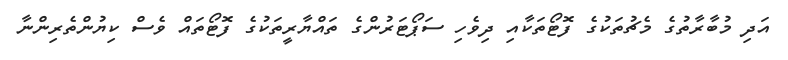
އަދި މުބާރާތުގެ މެޗުތަކުގެ ފޮޓޯތަކާއި ދިވެހި ސަޕޯޓަރުންގެ ތައްޔާރީތަކުގެ ފޮޓޯތައް ވެސް ކިޔުންތެރިންނާ